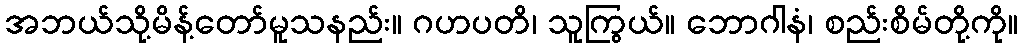
အဘယ်သို့မိန့်တော်မူသနည်း။ ဂဟပတိ၊ သူကြွယ်။ ဘောဂါနံ၊ စည်းစိမ်တို့ကို။